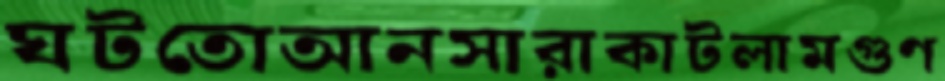
ঘটতোআনসারাকাটলামগুণ